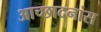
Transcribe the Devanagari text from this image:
आच्छादनांस